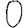
Digit: 0